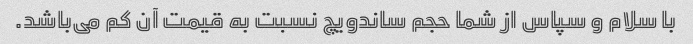
با سلام و سپاس از شما حجم ساندویچ نسبت به قیمت آن کم می‌باشد.